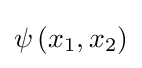
\psi \left(x_{1},x_{2}\right)